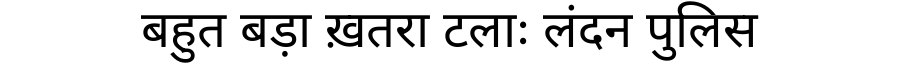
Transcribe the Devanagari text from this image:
बहुत बड़ा ख़तरा टलाः लंदन पुलिस